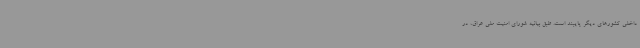
داخلی کشورهای دیگر پایبند است. طبق بیانیه شورای امنیت ملی عراق، در